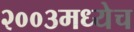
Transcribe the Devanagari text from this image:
२००३मध्येच